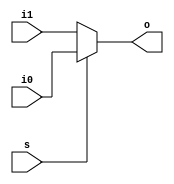
module mux( s, i0, i1, o );

input s, i0, i1;
output o;

assign o = s ? i0: i1;

endmodule